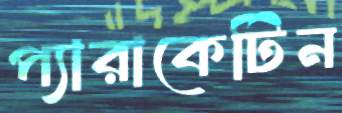
প্যারাকেটিন